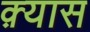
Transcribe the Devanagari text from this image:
क़्यास